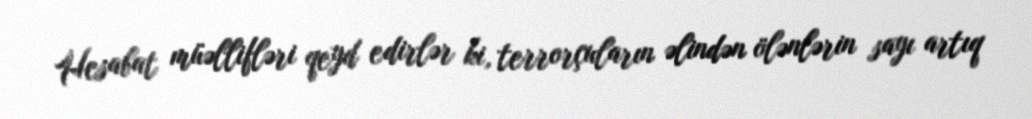
Hesabat müəllifləri qeyd edirlər ki, terrorçuların əlindən ölənlərin sayı artıq